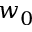
w _ { 0 }